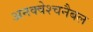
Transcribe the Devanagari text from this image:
अनक्वेश्चनैबल